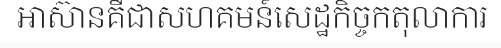
អាស៊ានគឺជាសហគមន៍សេដ្ឋកិច្ចកតុលាការ